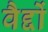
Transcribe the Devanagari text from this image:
वैद्दों